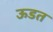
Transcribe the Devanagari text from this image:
ऊडत